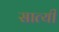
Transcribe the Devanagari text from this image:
सात्यी